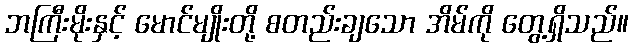
ဘကြီးမိုးနှင့် မောင်မျိုးတို့ စတည်းချသော အိမ်ကို တွေ့ရှိသည်။